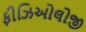
ફીઝિઓલોજી